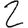
Digit: 2